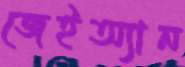
জেইঅ্যান